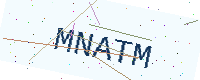
Text: MNATM